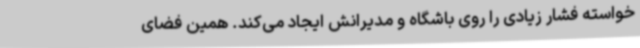
خواسته فشار زیادی را روی باشگاه و مدیرانش ایجاد می‌کند. همین فضای